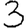
Digit: 3